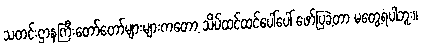
သတင်းဌာနကြီးတော်တော်များများကတော့ သိပ်ထင်ထင်ပေါ်ပေါ် ဖော်ပြခဲ့တာ မတွေ့ရပါဘူး။